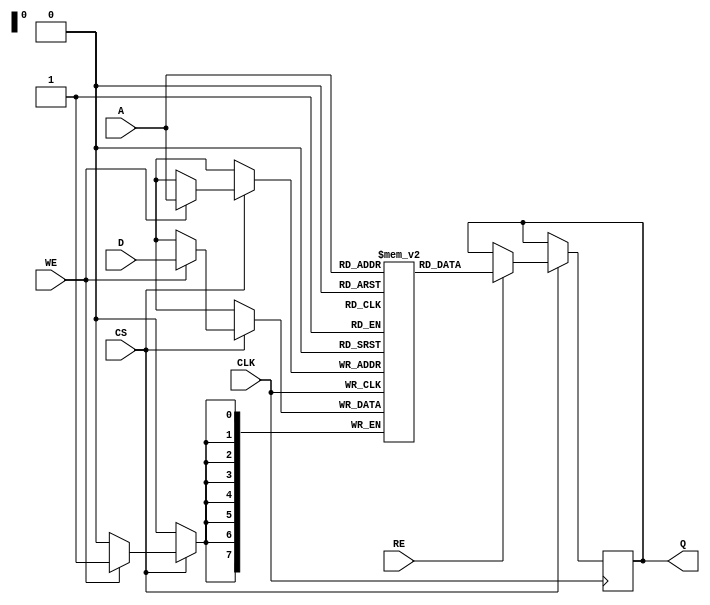
module eSRAM #(
    parameter WORD_SIZE = 8, // Configurable word size (8, 16, 32)
    parameter DEPTH = 256     // Number of rows in the memory array
)(
    input wire                  CLK,     // Clock input
    input wire                  CS,      // Chip select
    input wire                  WE,      // Write enable
    input wire                  RE,      // Read enable
    input wire [WORD_SIZE-1:0] D,       // Data input
    input wire [$clog2(DEPTH)-1:0] A,   // Address input
    output reg [WORD_SIZE-1:0] Q        // Data output
);

    // Memory array declaration
    reg [WORD_SIZE-1:0] memory [0:DEPTH-1];

    // Write operation
    always @(posedge CLK) begin
        if (CS) begin
            if (WE) begin
                memory[A] <= D; // Write data to specified address
            end
            if (RE) begin
                Q <= memory[A]; // Read data from specified address
            end
        end
    end

    // Idle state handling
    always @(negedge CLK) begin
        if (!CS || (!WE && !RE)) begin
            // Enter low-power state (optional implementation)
            // This can be expanded with additional logic if needed
        end
    end

endmodule